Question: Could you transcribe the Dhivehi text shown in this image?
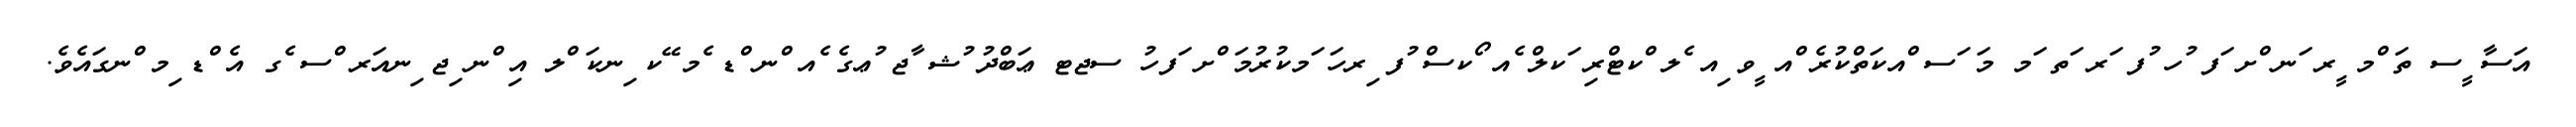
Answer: އަސާ ީސ ތަ ްމ ީރ ަނ ްށ ަފ ުހ ުފ ަރ ަތ ަމ މަ ަސ ްއކަތްކުރެ ްއ ީވ ިއ ެލ ްކޓްރި ަކލް ެއ ޯކސް ުފ ިރހަ ަމކުރުމަ ްށ ަފހު ސޖޓ ޢަބްދު ުޝ ާޖ ުޢގެ ެއ ްނ ްޑ ެމ ޭކ ިނކަ ްލ އި ްނ ިޖ ިނއަރ ްސ ެގ އެ ްޑ ިމ ްނގައެވެ.